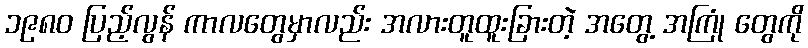
၁၉၈၀ ပြည့်လွန် ကာလတွေမှာလည်း အလားတူထူးခြားတဲ့ အတွေ့ အကြုံ တွေကို